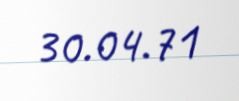
30.04.71